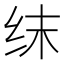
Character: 𬘚